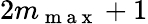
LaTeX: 2m_{\mathrm{~m~a~x~}}+1